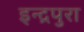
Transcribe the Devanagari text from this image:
इन्द्रपुरा